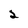
Character: 2